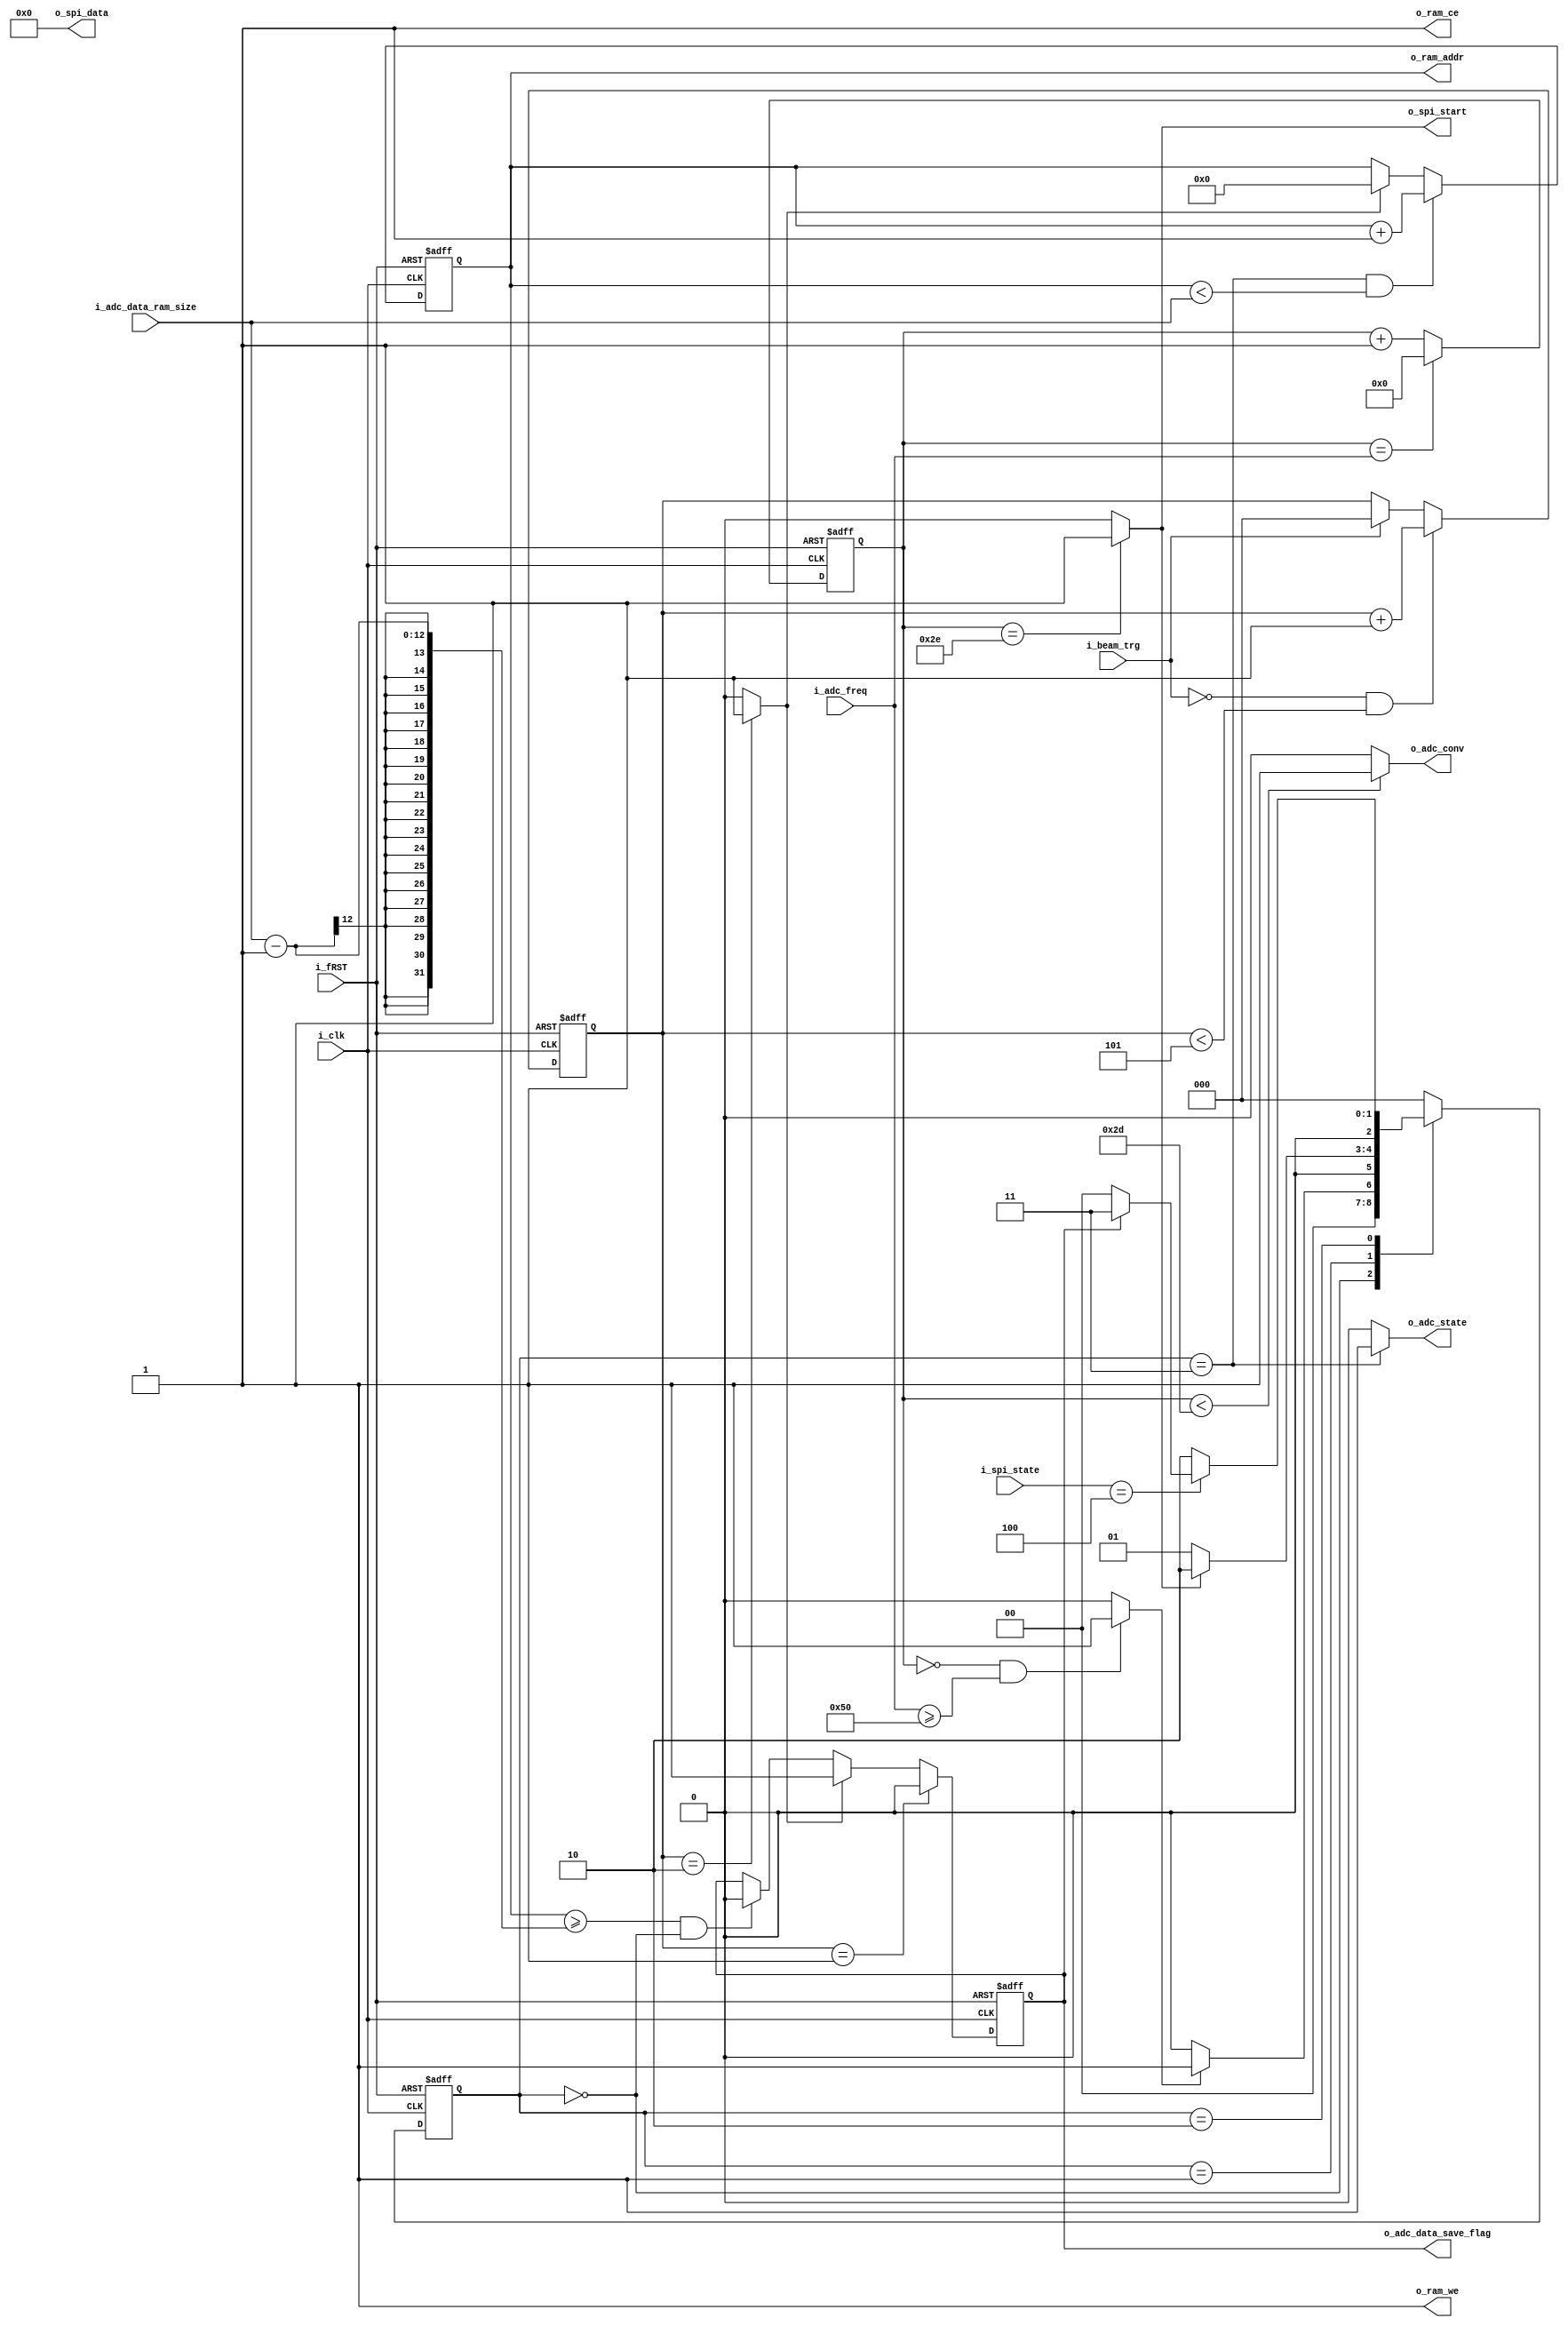
`timescale 1ns / 1ps
/*
14 Bit 2.5 MSps ADC (400ns - 80 Clock)
System Clock : 200 MHz, 5ns
Conversion Time = 225ns (225ns / 5ns = 45)
Conv - SPI Delay = 20ns
SPI End Delay = 15ns
SPI 14Bit Time > 140ns (1 Cycle > 28ns)
ADC Freq = Min 400ns (2.5 MHz)

400ns  
*/

module ADC_LTC2313_14 #
(
    parameter integer DATA_WIDTH = 14,
    parameter integer AWIDTH = 16,
    parameter integer MEM_SIZE = 1300,

    parameter integer ADC_CONV_TIME = 45
)
(
    input i_fRST,
    input i_clk,

    // ZYNQ Ports
    input i_beam_trg,                                   // Beam Trigger . RAM ADC Data  
    output o_adc_conv,                                  // ADC IC CNV Pin
    output o_adc_data_save_flag,                        // PS Interlock. Ram  
    output o_adc_state,                                 // Acc Flag

    // SPI
    input [2:0] i_spi_state,                            // SPI  . SPI    
    output o_spi_start,                                 // SPI  
    output [DATA_WIDTH - 1 : 0] o_spi_data,             // MOSI Data  . 0 

    // ADC Setup
    input [9:0] i_adc_freq,                             // ADC  .  80 . 80   .
                                                        // 80 (0.4us) ~ 1024 (5.12us). X 5ns
    input [$clog2(MEM_SIZE) : 0] i_adc_data_ram_size,   // ADC Data RAM . MEM_SIZE   10000  .

    // RAM
    output reg [AWIDTH - 1 : 0] o_ram_addr,             // RAM Memory Addr.
    output o_ram_ce,                                    // RAM CE. 1                     
    output o_ram_we                                     // RAM WE. 1 
);

    // state machine
    parameter idle = 0;
    parameter adc_conv = 1;
    parameter adc_acq = 2;
    parameter save = 3;

    reg [2:0] state;
    reg [2:0] n_state;

    //-- time counter --//
    reg [9:0] adc_freq_cnt;                             // ADC   
    reg [2:0] trigger_cnt;

    //-- flag --//
    wire adc_conv_flag;                                 // ADC   Flag
    reg adc_trg_flag;                                   // Beam Trigger  Flag. 1 State save 0 idle 
    reg adc_trg_np_flag;                                // ADC Trigger Neg, Pos Flag
                                                        // Trigger Level          

    wire adc_trg_ons;

    // State Machine 
    always @(posedge i_clk or negedge i_fRST) 
    begin
        if (~i_fRST)
            state <= idle;

        else 
            state <= n_state;
    end

    // State Machine Control
    always @(*)
    begin
        case (state)
            idle :
            begin
                if (adc_conv_flag)
                    n_state <= adc_conv;

                else
                    n_state <= idle;
            end

            adc_conv :
            begin
                if (o_spi_start)
                    n_state <= adc_acq;

                else
                    n_state <= adc_conv;
            end

            adc_acq :
            begin
                if (i_spi_state == 4)                   // spi  
                begin
                    if (adc_trg_flag)
                        n_state <= save;

                    else
                        n_state <= idle;
                end

                else
                    n_state <= adc_acq;
            end

            save :
                n_state <= idle;

            default :
                    n_state <= idle;
        endcase
    end

    // adc   
    always @(posedge i_clk or negedge i_fRST) 
    begin
        if (~i_fRST)
            adc_freq_cnt <= 0;

        else if (adc_freq_cnt == i_adc_freq)
            adc_freq_cnt <= 0;

        else
            adc_freq_cnt <= adc_freq_cnt + 1;
    end

    // Trigger Flag
    always @(posedge i_clk or negedge i_fRST) 
    begin
        if (~i_fRST)
            adc_trg_flag <= 0;

        else if (trigger_cnt == 1)      //  adc_trg_flag 0     0 
            adc_trg_flag <= 0; 
        
        else if (adc_trg_ons)
            adc_trg_flag <= 1;

        else if ((o_ram_addr >= i_adc_data_ram_size - 1) && (state == idle))
            adc_trg_flag <= 0;

        else
            adc_trg_flag <= adc_trg_flag;
    end


    always @(posedge i_clk or negedge i_fRST) 
    begin
        if (~i_fRST)
            o_ram_addr <= 0;

        else if ((state == save) && (o_ram_addr < i_adc_data_ram_size))
            o_ram_addr <= o_ram_addr + 1;

        else if (adc_trg_ons)
            o_ram_addr <= 0;

        else
            o_ram_addr <= o_ram_addr;
    end


    always @(posedge i_clk or negedge i_fRST) 
    begin
        if (~i_fRST)
            trigger_cnt <= 0;

        else if ((!i_beam_trg) && (trigger_cnt < 5))
            trigger_cnt <= trigger_cnt + 1;

        else if (i_beam_trg)
            trigger_cnt <= 0;

        else
            trigger_cnt <= trigger_cnt;
    end

    
    assign o_adc_conv = (adc_freq_cnt < ADC_CONV_TIME) ? 1 : 0;                         // ADC Conversion Hold Time 225ns 
    assign o_spi_start = (adc_freq_cnt == (ADC_CONV_TIME + 1)) ? 1 : 0;                 // ADC Acquisition Start flag
    assign o_ram_we = 1;                                            
    assign o_ram_ce = 1;       
    assign o_spi_data = 0;                                      
    assign o_adc_data_save_flag = adc_trg_flag;                                        // RAM   . PS 
    assign adc_conv_flag = ((adc_freq_cnt == 0) && (i_adc_freq >= 80)) ? 1 : 0;         // ADC Conversion Start flag
    assign o_adc_state = (state == save) ? 1 : 0;                                       // Save   ACC
    assign adc_trg_ons = (trigger_cnt == 2) ? 1 : 0;        // 1 , 2 Trigger 
endmodule